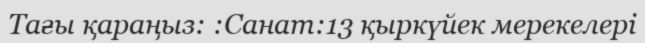
Тағы қараңыз: :Санат:13 қыркүйек мерекелері